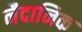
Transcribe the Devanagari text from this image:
नैदानिक